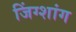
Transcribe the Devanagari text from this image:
जिंग्शांग